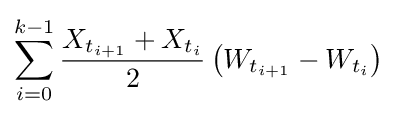
\sum _{i=0}^{k-1}{\frac {X_{t_{i+1}}+X_{t_{i}}}{2}}\left(W_{t_{i+1}}-W_{t_{i}}\right)